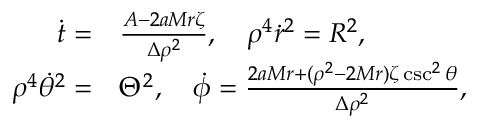
\begin{array} { r l } { \dot { t } = } & { \frac { { \cal A } - 2 a M r \zeta } { \Delta \rho ^ { 2 } } , \quad \rho ^ { 4 } \dot { r } ^ { 2 } = { \cal R } ^ { 2 } , } \\ { \rho ^ { 4 } \dot { \theta } ^ { 2 } = } & { \Theta ^ { 2 } , \quad \dot { \phi } = \frac { 2 a M r + ( \rho ^ { 2 } - 2 M r ) \zeta \csc ^ { 2 } \theta } { \Delta \rho ^ { 2 } } , } \end{array}